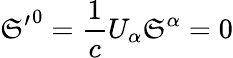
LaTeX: {\mathfrak{S}^{\prime}}^{0}={\frac{{1}}{{c}}}U_{\alpha}\mathfrak{S}^{\alpha}=0